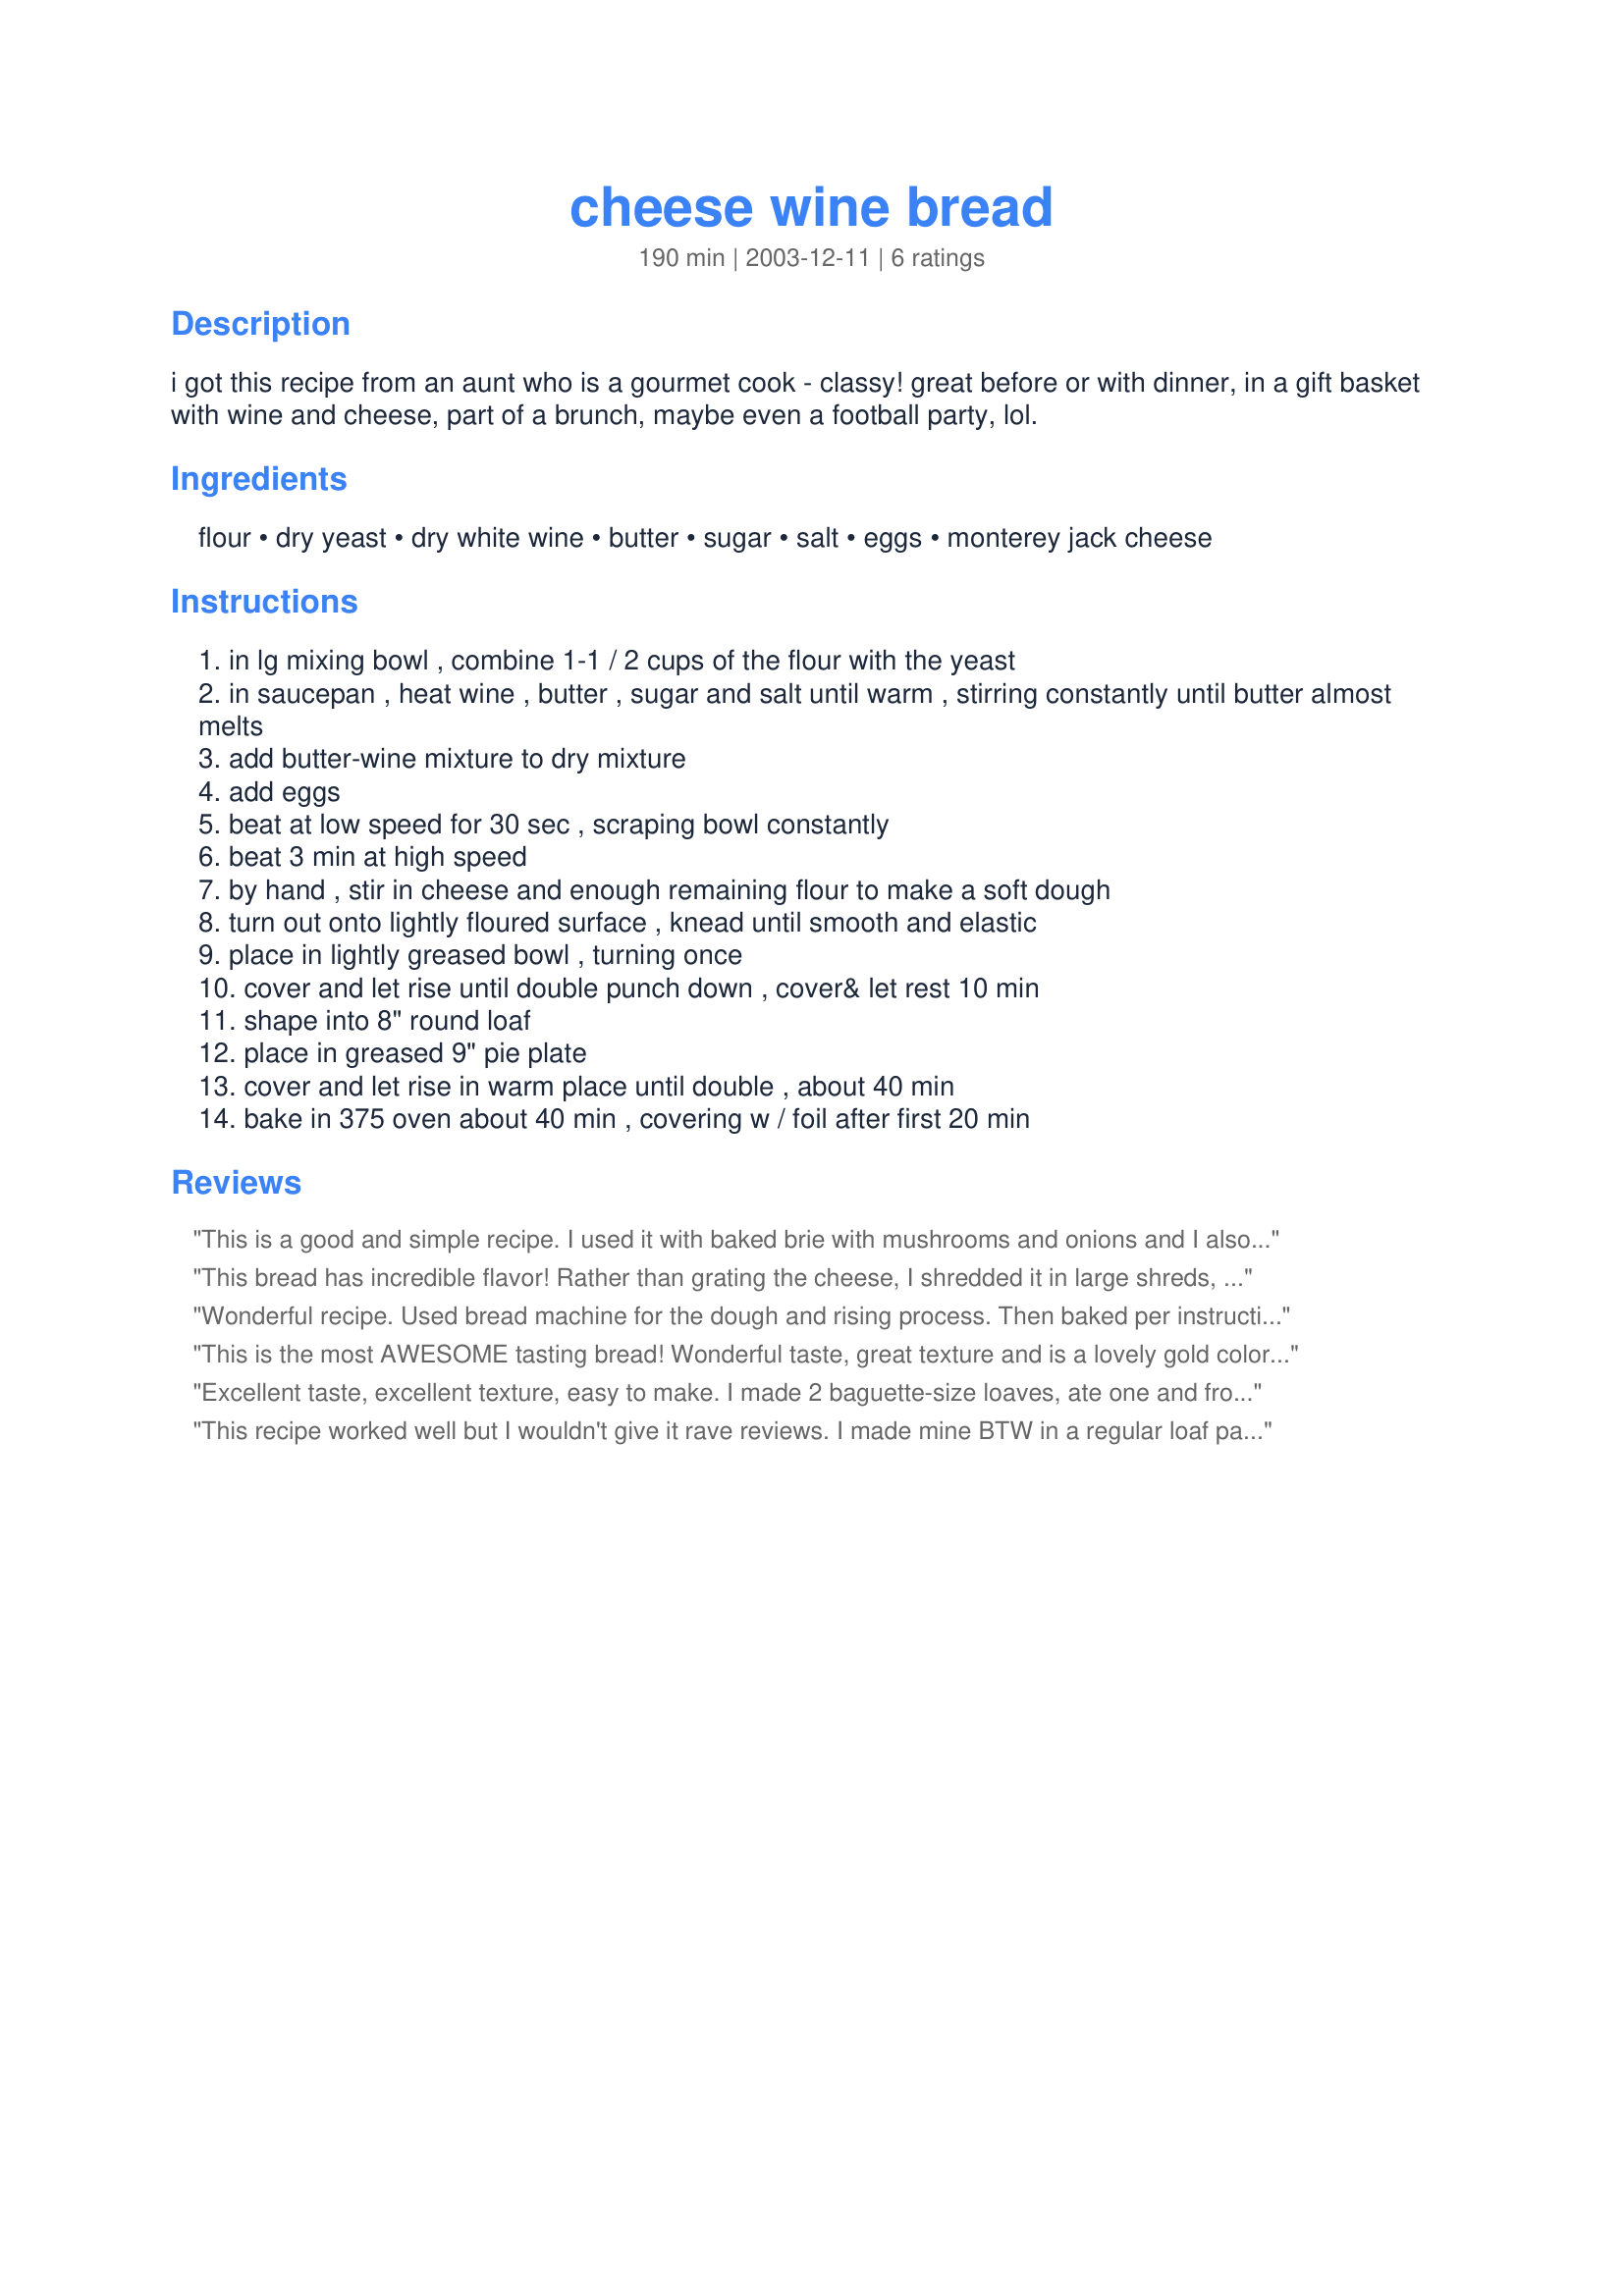
cheese wine bread
Preparation time: 190 minutes

i got this recipe from an aunt who is a gourmet cook - classy! great before or with dinner, in a gift basket with wine and cheese, part of a brunch, maybe even a football party, lol.

Ingredients:
flour, dry yeast, dry white wine, butter, sugar, salt, eggs, monterey jack cheese

Steps:
in lg mixing bowl , combine 1-1 / 2 cups of the flour with the yeast
in saucepan , heat wine , butter , sugar and salt until warm , stirring constantly until butter almost melts
add butter-wine mixture to dry mixture
add eggs
beat at low speed for 30 sec , scraping bowl constantly
beat 3 min at high speed
by hand , stir in cheese and enough remaining flour to make a soft dough
turn out onto lightly floured surface , knead until smooth and elastic
place in lightly greased bowl , turning once
cover and let rise until double punch down , cover& let rest 10 min
shape into 8" round loaf
place in greased 9" pie plate
cover and let rise in warm place until double , about 40 min
bake in 375 oven about 40 min , covering w / foil after first 20 min

Reviews:
This is a good and simple recipe. I used it with baked brie with mushrooms and onions and I also toasted it for bruschetta. It makes a fabulous brushcetta bread because it dries out quickly, I found. Also I didn't really find it had a wine taste to it so next time I just might substitute the wine for water and drink the wine myself! Thank you. I'll use it again.
This bread has incredible flavor! Rather than grating the cheese, I shredded it in large shreds, hoping to keep some larger bits in the bread. I let the KitchenAid do all the kneading, while I worked on the rest of the bottle of Chardonnay. :) Fantastic recipe, winkki--thanks to your aunt for sharing it, and to you for posting it!
Wonderful recipe. Used bread machine for the dough and rising process. Then baked per instructions. It did not take as long to bake as listed. Will be making again. Thanks winkki for posting. Will be filed with favorites.
This is the most AWESOME tasting bread! Wonderful taste, great texture and is a lovely gold color. A bread you could find in a 5 star restaurant or gourmet deli. Only thing I did differently was to make two loaves. :D Next time will try adding some herbs.
Excellent taste, excellent texture, easy to make. I made 2 baguette-size loaves, ate one and froze one. Used asiago cheese instead of monterey jack, just personal taste. Also I divided it in two, rolled it flat, buttered it, sprinkled it with parsley and herbs and rolled it tightly before letting it raise, then sprinkled with grated Asiago and chives. Great for bruschetta. Perfect for spreads of any kind.

An all around excellent recipe, interesting in that it uses wine in the dough. Freezes quite well.

Thanks, Gourmet Cook Aunt, and Winkki for posting!




This recipe worked well but I wouldn't give it rave reviews. I made mine BTW in a regular loaf pan and it was great. The flavors were too subtle to make it outstanding but for a simple dinner bread it is fine.
